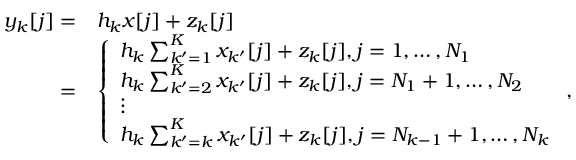
\begin{array} { r l } { y _ { k } [ j ] = } & { h _ { k } x [ j ] + z _ { k } [ j ] } \\ { = } & { \left\{ { \begin{array} { l } { h _ { k } \sum _ { k ^ { \prime } = 1 } ^ { K } x _ { k ^ { \prime } } [ j ] + z _ { k } [ j ] , j = 1 , \ldots , N _ { 1 } } \\ { h _ { k } \sum _ { k ^ { \prime } = 2 } ^ { K } x _ { k ^ { \prime } } [ j ] + z _ { k } [ j ] , j = N _ { 1 } + 1 , \ldots , N _ { 2 } } \\ { \vdots } \\ { h _ { k } \sum _ { k ^ { \prime } = k } ^ { K } x _ { k ^ { \prime } } [ j ] + z _ { k } [ j ] , j = N _ { k - 1 } + 1 , \ldots , N _ { k } } \end{array} } \right. , } \end{array}